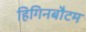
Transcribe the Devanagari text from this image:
हिगिनबौटम